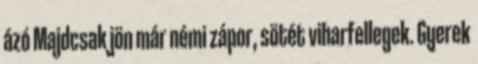
ázó Majdcsak jön már némi zápor, sötét viharfellegek. Gyerek